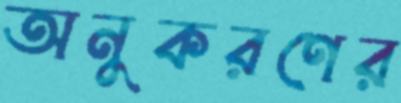
অনুকরণের